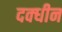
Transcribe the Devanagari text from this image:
दक्धीन